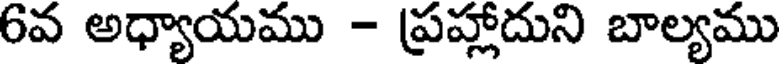
6వ అధ్యాయము - ప్రహ్లాదుని బాల్యము